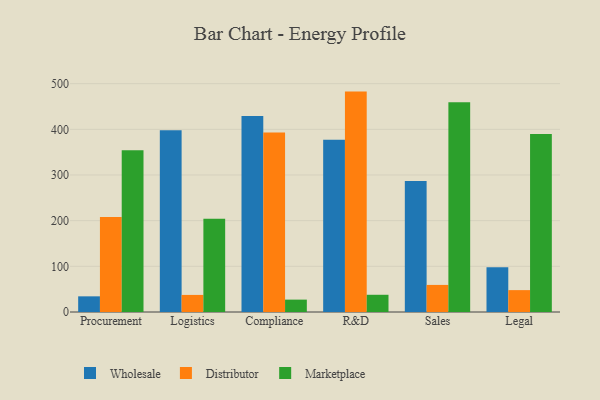
{"axis": {"x": "Department", "y": "Energy Usage (MWh)"}, "legend": ["Distributor", "Marketplace", "Wholesale"], "data": [{"x": "Procurement", "y": 34.3, "type": "Wholesale"}, {"x": "Procurement", "y": 208.1, "type": "Distributor"}, {"x": "Procurement", "y": 354.3, "type": "Marketplace"}, {"x": "Logistics", "y": 397.7, "type": "Wholesale"}, {"x": "Logistics", "y": 37.4, "type": "Distributor"}, {"x": "Logistics", "y": 204.1, "type": "Marketplace"}, {"x": "Compliance", "y": 428.9, "type": "Wholesale"}, {"x": "Compliance", "y": 393.3, "type": "Distributor"}, {"x": "Compliance", "y": 27.1, "type": "Marketplace"}, {"x": "R&D", "y": 377.0, "type": "Wholesale"}, {"x": "R&D", "y": 482.6, "type": "Distributor"}, {"x": "R&D", "y": 37.7, "type": "Marketplace"}, {"x": "Sales", "y": 287.1, "type": "Wholesale"}, {"x": "Sales", "y": 59.3, "type": "Distributor"}, {"x": "Sales", "y": 459.1, "type": "Marketplace"}, {"x": "Legal", "y": 97.8, "type": "Wholesale"}, {"x": "Legal", "y": 47.9, "type": "Distributor"}, {"x": "Legal", "y": 389.7, "type": "Marketplace"}]}